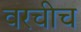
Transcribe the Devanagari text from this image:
वरचीच